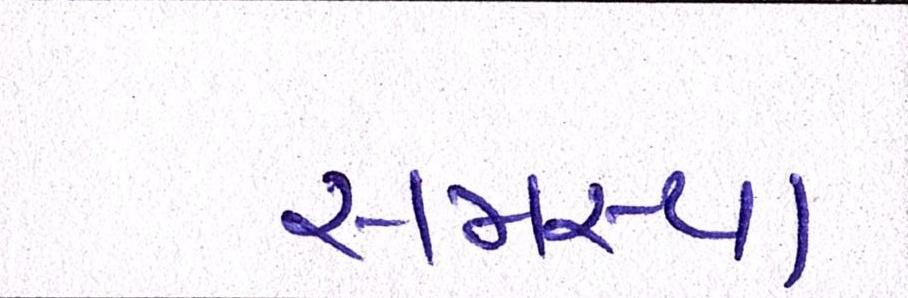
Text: સમસ્યા